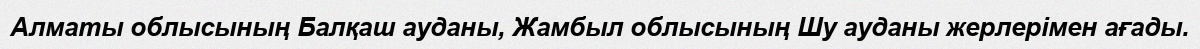
Алматы облысының Балқаш ауданы, Жамбыл облысының Шу ауданы жерлерімен ағады.